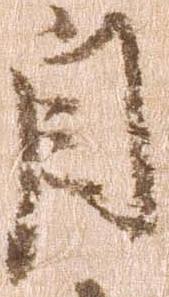
自